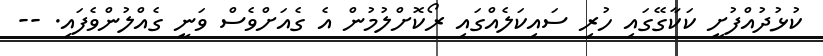
ކުޅުދުއްފުށީ ކަކާގޭގައި ހުރި ސައިކަލެއްގައި ރޯކޮށްލުމުން އެ ގެއަށްވެސް ވަނީ ގެއްލުންވެފައި. --